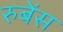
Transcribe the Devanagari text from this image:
रुबेंस